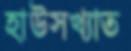
হাউসখ্যাত